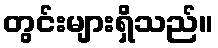
တွင်းများရှိသည်။